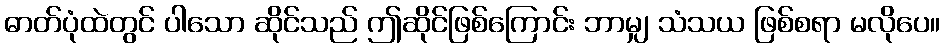
ဓာတ်ပုံထဲတွင် ပါသော ဆိုင်သည် ဤဆိုင်ဖြစ်ကြောင်း ဘာမျှ သံသယ ဖြစ်စရာ မလိုပေ။